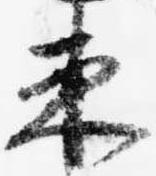
束